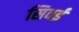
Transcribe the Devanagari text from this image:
सिवईं